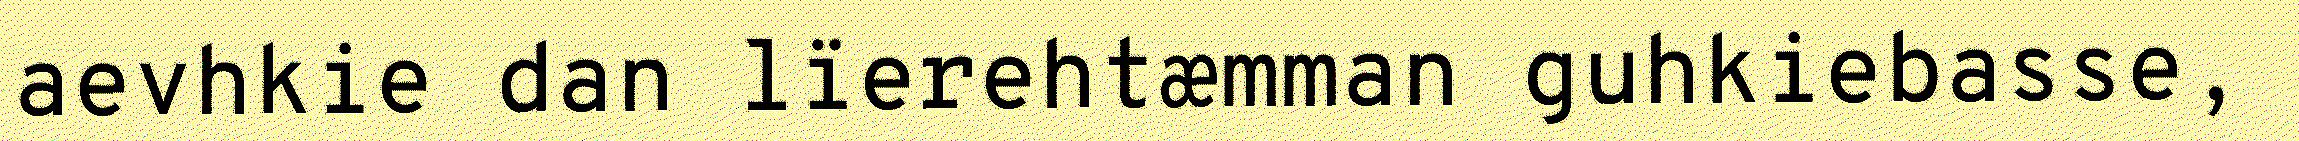
aevhkie dan lïerehtæmman guhkiebasse,